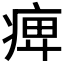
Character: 𤷒